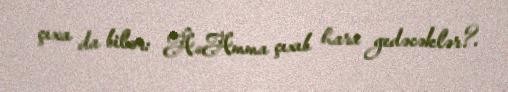
çıxa da bilər: Â«Amma çıxıb hara gedəcəklər?.